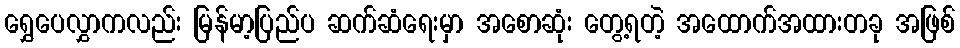
ရွှေပေလွှာကလည်း မြန်မာ့ပြည်ပ ဆက်ဆံရေးမှာ အစောဆုံး တွေ့ရတဲ့ အထောက်အထားတခု အဖြစ်